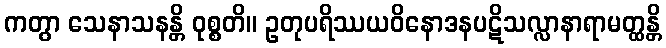
ကတွာ သေနာသနန္တိ ဝုစ္စတိ။ ဥတုပရိဿယဝိနောဒနပဋိသလ္လာနာရာမတ္ထန္တိ